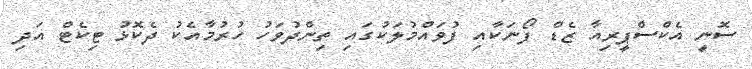
ސޮނީ އެކްސްޕީރިއާ ޒެޑް ފޯނަކާއި ފުވައްމުލަކުގައި ތިންދުވަހު ހުރުމާއެކު ދެކޮޅު ޓިކެޓް އަދި